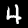
Digit: 4